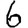
Digit: 6